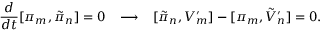
\frac { d } { d t } [ \pi _ { m } , \tilde { \pi } _ { n } ] = 0 \; \; \; \longrightarrow \; \; \; [ \tilde { \pi } _ { n } , V _ { m } ^ { \prime } ] - [ \pi _ { m } , \tilde { V } _ { n } ^ { \prime } ] = 0 .